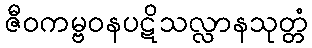
ဇီဝကမ္ဗဝနပဋိသလ္လာနသုတ္တံ